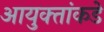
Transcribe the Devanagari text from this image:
आयुक्‍तांकडे